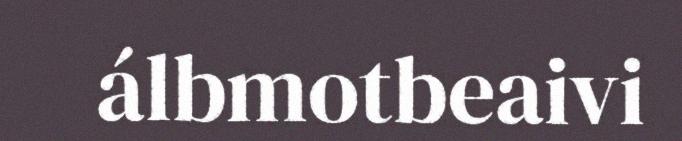
álbmotbeaivi